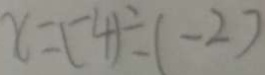
x = ( - 4 ) \div ( - 2 )